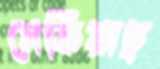
সেকিয়াছ